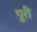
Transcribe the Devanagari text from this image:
पुूरी